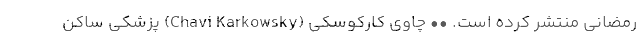
رمضانی منتشر کرده است. •• چاوی کارکوسکی (Chavi Karkowsky) پزشکی ساکن